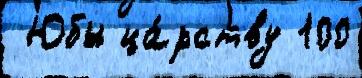
 Юбы ца́рству 100